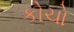
કોચો